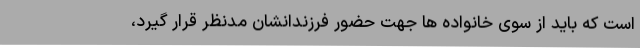
است که باید از سوی خانواده ها جهت حضور فرزندانشان مدنظر قرار گیرد،